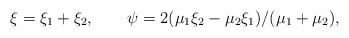
\begin{align*}\xi=\xi_1+\xi_2,\qquad\psi=2(\mu_1\xi_2-\mu_2\xi_1)/(\mu_1+\mu_2),\end{align*}